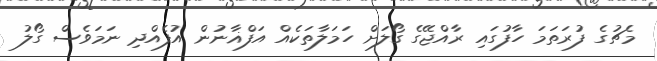
މެޗުގެ ފުރަތަމަ ހާފުގައި ރާއްޖޭގެ ގޯލަށް ހަމަލާތަކެއް އަފްޣާނުން އުފެއްދި ނަމަވެސް ގޯލު